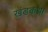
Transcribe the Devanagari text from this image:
खंडकथा